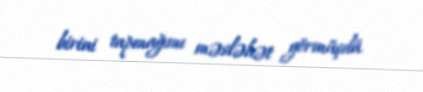
birini tapmağımı məsləhət görmüşdü.